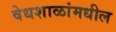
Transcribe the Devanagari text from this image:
वेधशाळांमधील